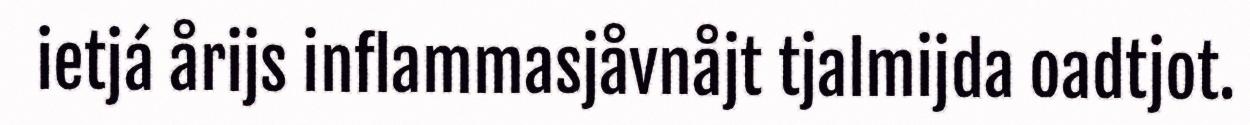
ietjá årijs inflammasjåvnåjt tjalmijda oadtjot.